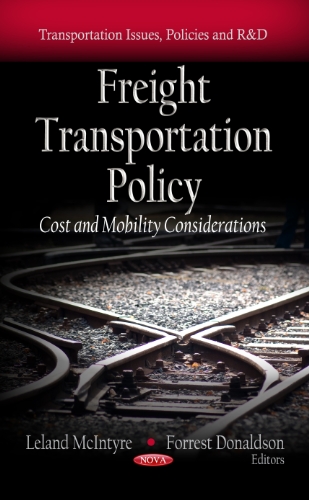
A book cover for Freight Transportation Policy: Cost and Mobility Considerations (Transportation Issues, Policies and R&D); Business & Money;